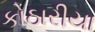
કોઠારીયા